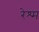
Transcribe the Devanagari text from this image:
रेश्म